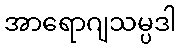
အာရောဂျသမ္ပဒါ